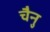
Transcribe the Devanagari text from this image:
चैनु